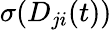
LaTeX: \sigma(D_{ji}(t))